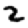
Digit: 2